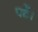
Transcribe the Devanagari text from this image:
पडें।